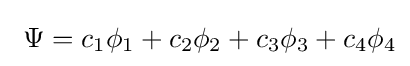
\ \Psi =c_{1}\phi _{1}+c_{2}\phi _{2}+c_{3}\phi _{3}+c_{4}\phi _{4}